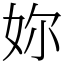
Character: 妳